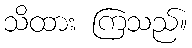
သိထား ကြသည်။